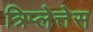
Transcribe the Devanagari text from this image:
त्रिप्लेत्तेस